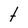
Character: t